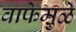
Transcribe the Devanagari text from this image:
वाफेमुळे